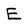
Character: E